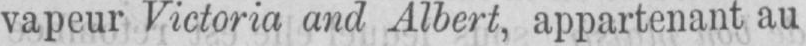
vapeur Victoria and Albert, appartenant au